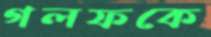
গলফকে